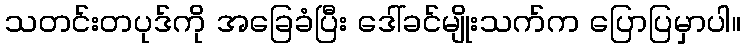
သတင်းတပုဒ်ကို အခြေခံပြီး ဒေါ်ခင်မျိုးသက်က ပြောပြမှာပါ။